画像に写った文字を読んでください
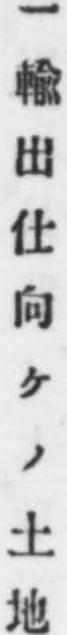
「一輸出仕向ケノ土地」と書いてあります